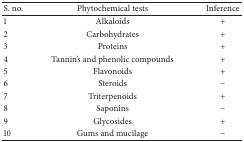
<table><thead><tr><td><b>S. no.</b></td><td><b>Phytochemical tests</b></td><td><b>Inference</b></td></tr></thead><tbody><tr><td>1</td><td>Alkaloids</td><td>+</td></tr><tr><td>2</td><td>Carbohydrates</td><td>+</td></tr><tr><td>3</td><td>Proteins</td><td>+</td></tr><tr><td>4</td><td>Tannin&#x27;s and phenolic compounds</td><td>+</td></tr><tr><td>5</td><td>Flavonoids</td><td>+</td></tr><tr><td>6</td><td>Steroids</td><td>−</td></tr><tr><td>7</td><td>Triterpenoids</td><td>+</td></tr><tr><td>8</td><td>Saponins</td><td>−</td></tr><tr><td>9</td><td>Glycosides</td><td>+</td></tr><tr><td>10</td><td>Gums and mucilage</td><td>−</td></tr></tbody></table>